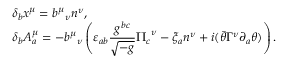
\begin{array} { l } { { \delta _ { b } x ^ { \mu } = { b ^ { \mu } } _ { \nu } n ^ { \nu } , } } \\ { { \delta _ { b } A _ { a } ^ { \mu } = - { b ^ { \mu } } _ { \nu } \displaystyle \left( \varepsilon _ { a b } \frac { g ^ { b c } } { \sqrt { - g } } { \Pi _ { c } } ^ { \nu } - \xi _ { a } n ^ { \nu } + i ( \bar { \theta } \Gamma ^ { \nu } \partial _ { a } \theta ) \right) . } } \end{array}